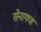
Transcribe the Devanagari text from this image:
सेनागण